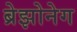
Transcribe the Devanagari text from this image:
ब्रेझोनेग